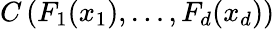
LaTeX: C\left(F_{1}(x_{1}),\dots,F_{d}(x_{d})\right)